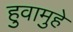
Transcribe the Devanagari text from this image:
हुवामुहे